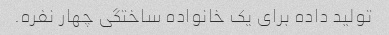
تولید داده برای یک خانواده ساختگی چهار نفره.